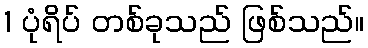
1 ပုံရိပ် တစ်ခုသည် ဖြစ်သည်။